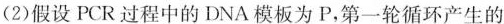
(2)假设PCR过程中的DNA模板为P，第一轮循环产生的